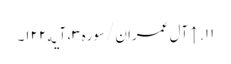
۱۱. ↑ آل عمران/سوره۳، آیه۱۲۲۔